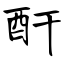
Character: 酐